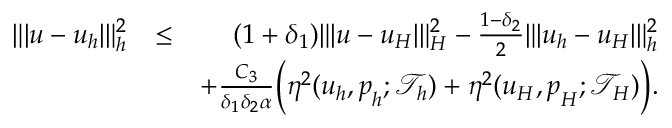
\begin{array} { r l r } { \| \vert \boldsymbol { u } - \boldsymbol { u } _ { h } \vert \| _ { h } ^ { 2 } } & { \leq } & { ( 1 + \delta _ { 1 } ) \| \vert \boldsymbol { u } - \boldsymbol { u } _ { H } \vert \| _ { H } ^ { 2 } - \frac { 1 - \delta _ { 2 } } { 2 } \| \vert \boldsymbol { u } _ { h } - \boldsymbol { u } _ { H } \vert \| _ { h } ^ { 2 } } \\ & { } & { + \frac { C _ { 3 } } { \delta _ { 1 } \delta _ { 2 } \alpha } \bigg ( \eta ^ { 2 } ( \boldsymbol { u } _ { h } , \boldsymbol { p } _ { h } ; \mathcal { T } _ { h } ) + \eta ^ { 2 } ( \boldsymbol { u } _ { H } , \boldsymbol { p } _ { H } ; \mathcal { T } _ { H } ) \bigg ) . } \end{array}